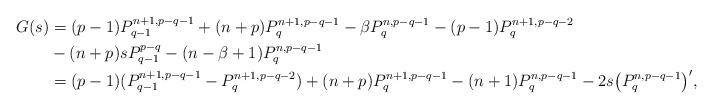
LaTeX: \begin{align*}G(s)&=(p-1)P_{q-1}^{n+1,p-q-1}+(n+p)P_q^{n+1,p-q-1}-\beta P_q^{n,p-q-1}-(p-1)P_q^{n+1,p-q-2}\\&-(n+p)sP_{q-1}^{p-q}-(n-\beta+1)P_q^{n,p-q-1}\\&=(p-1)(P_{q-1}^{n+1,p-q-1}-P_q^{n+1,p-q-2})+(n+p)P_q^{n+1,p-q-1}-(n+1)P_q^{n,p-q-1}-2s\big(P_q^{n,p-q-1}\big)',\end{align*}